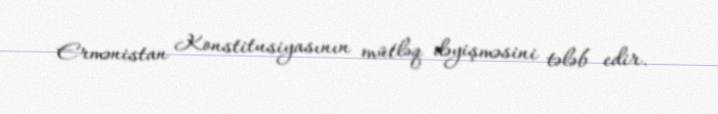
Ermənistan Konstitusiyasının mütləq dəyişməsini tələb edir.